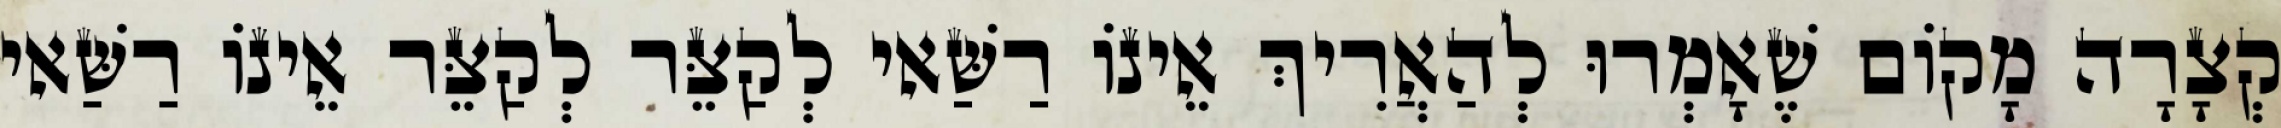
קְצָרָה מָקוֹם שֶׁאָמְרוּ לְהַאֲרִיךְ אֵינוֹ רַשַּׁאי לְקַצֵּר לְקַצֵּר אֵינוֹ רַשַּׁאי